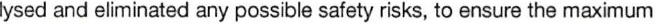
lysed and eliminated any possible safety risks, to ensure the maximum